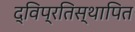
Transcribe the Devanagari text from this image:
द्विप्रतिस्थापित